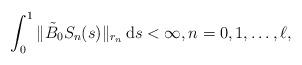
LaTeX: \begin{align*} \int_0^1\|\tilde{B}_0S_n(s)\|_{r_n}\, \mathrm{d}s<\infty, n=0, 1,\ldots,\ell,\end{align*}